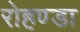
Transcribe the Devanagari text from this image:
रोहण्डा